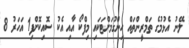
ލޭނު އެޅުމުގެ ތަމްރީންތައް ހިންގުމަށްޓަކައި މިފްކޯ އާއި އެކު ސޮއިކޮށްފި1 އަހަރު 8